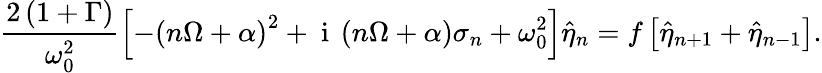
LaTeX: \frac{2\left(1+\Gamma\right)}{\omega_{0}^{2}}\left[-\left(n\Omega+\alpha\right)^{2}+\mathrm{~i~}\left(n\Omega+\alpha\right)\sigma_{n}+\omega_{0}^{2}\right]\hat{\eta}_{n}=f\left[\hat{\eta}_{n+1}+\hat{\eta}_{n-1}\right].